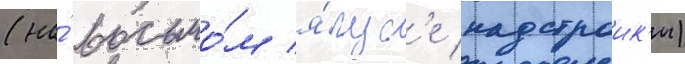
(на́ восьмо́м я́рус'е надстроик'и)